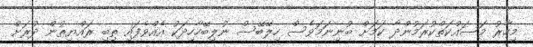
މިހާރު މަސައްކަތްކުރަމުންދާ ކަމަށް ބުނިނަމަވެސް ހިލޭބޭސް ނުލިބޭހާހިދަކު އެއްވެފައި ތިބި ރައްޔިތުން ދުރަށް